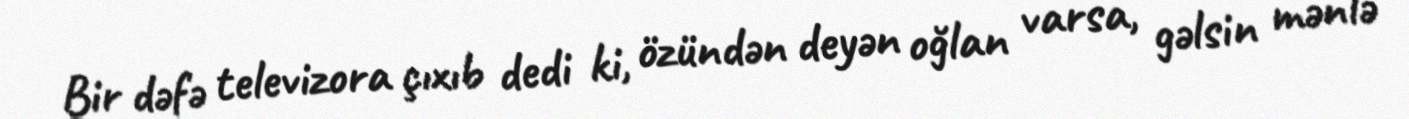
Bir dəfə televizora çıxıb dedi ki, özündən deyən oğlan varsa, gəlsin mənlə